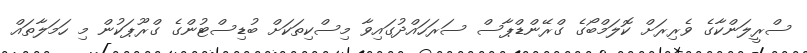
ސްރީލަންކާގެ ވެރިރަށް ކޮލަމްބޯގެ ގްރޭންޑްޕާސް ސަރަހައްދުގައިވާ މިސްކިތަކަށް ބުޑިސްޓުންގެ ގްރޫޕަކުން މި ހަމަލާތައް